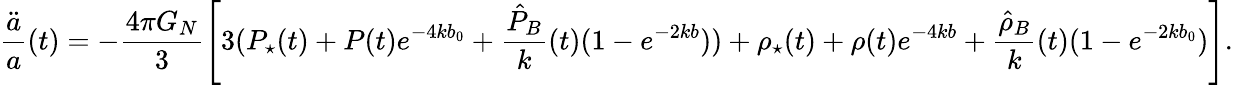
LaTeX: \frac{\ddot{a}}{a}(t)=-\frac{4\pi G_{N}}{3}\left[3(P_{\star}(t)+P(t)e^{-4kb_{0}}+\frac{\hat{P}_{B}}{k}(t)(1-e^{-2kb}))+\rho_{\star}(t)+\rho(t)e^{-4kb}+\frac{\hat{\rho}_{B}}{k}(t)(1-e^{-2kb_{0}})\right].